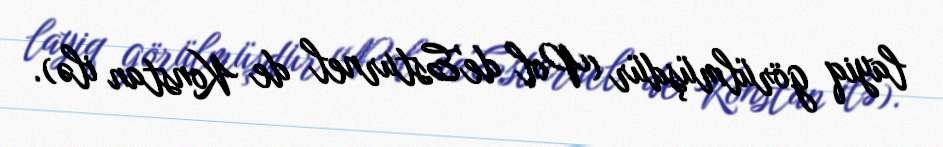
layiq görülmüşdür (Pol de'Esturnel de Konstan ilə).